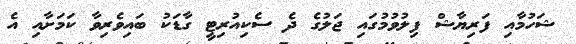
ޝަހުމާއި ފަރިޔާޝް ފިލުވުމުގައި ޖަލުގެ ދެ ސެކިއުރިޓީ ގާޑަކު ބައިވެރިވާ ކަމަށާއި އެ